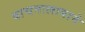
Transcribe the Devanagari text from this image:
वाचनालायाने